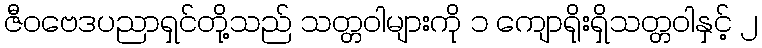
ဇီဝဗေဒပညာရှင်တို့သည် သတ္တဝါများကို ၁ ကျောရိုးရှိသတ္တဝါနှင့် ၂